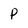
Character: P